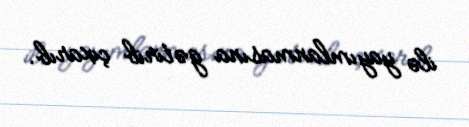
ilə yayımlanmasına gətirib çıxarıb.